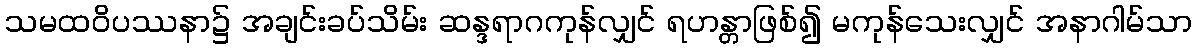
သမထဝိပဿနာ၌ အချင်းခပ်သိမ်း ဆန္ဒရာဂကုန်လျှင် ရဟန္တာဖြစ်၍ မကုန်သေးလျှင် အနာဂါမ်သာ